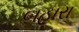
બહારા